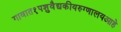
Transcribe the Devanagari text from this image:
गावात१पशुवैद्यकीयरुग्णालयआहे